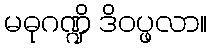
မဓုဂဏ္ဍိ ဒိဝပ္ဖလာ။